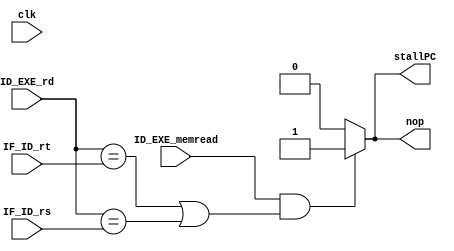
module stallUnit(
    input ID_EXE_memread, clk,
    input [3:0] ID_EXE_rd, IF_ID_rt, IF_ID_rs,
    output reg stallPC, nop
    );

always @ * begin
    stallPC = 1'd0;
    nop = 1'd0;
    if(ID_EXE_memread == 1 && (ID_EXE_rd == IF_ID_rt || ID_EXE_rd == IF_ID_rs)) begin
        stallPC = 1'd1;
        nop = 1'd1;
    end
end

endmodule